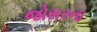
જોસરના